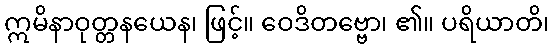
ဣမိနာဝုတ္တနယေန၊ ဖြင့်။ ဝေဒိတဗ္ဗော၊ ၏။ ပရိယာတိ၊